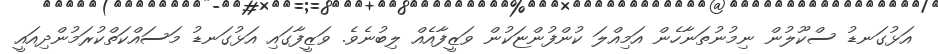
އަޅުގަނޑު ސްކޫލުން ނިމުނުތަނާހެން އަމިއްލަ ކުންފުންޏަކުން ވަޒީފާއެއް ލިބުނެވެ. ވަޒީފާގައި އަޅުގަނޑު މަސައްކަތްކުރަމުންދިއައީ